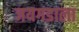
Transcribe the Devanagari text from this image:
जयगडाला